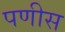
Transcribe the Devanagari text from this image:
पणीस